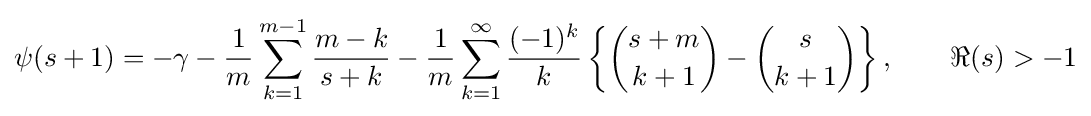
\psi (s+1)=-\gamma -{\frac {1}{m}}\sum _{k=1}^{m-1}{\frac {m-k}{s+k}}-{\frac {1}{m}}\sum _{k=1}^{\infty }{\frac {(-1)^{k}}{k}}\left\{{\binom {s+m}{k+1}}-{\binom {s}{k+1}}\right\},\qquad \Re (s)>-1